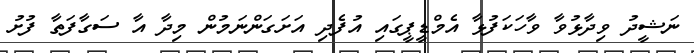
ނަޝީދު ވިދާޅުވާ ވާހަކަފުޅާ އެމްޑީޕީގައި އުފެދި އަށަގަންނަމުން މިދާ އާ ސަގާފަތާ ފުށު